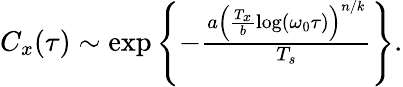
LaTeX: \begin{array}{r}{C_{x}(\tau)\sim\exp\left\{ -\frac{a\left(\frac{T_{x}}{b}\log(\omega_{0}\tau)\right)^{n/k}}{T_{s}}\right\} .}\end{array}